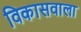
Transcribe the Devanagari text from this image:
विकासवाला